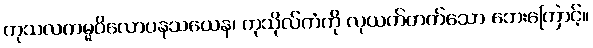
ကုသလကမ္မဝိလောပနသယေန၊ ကုသိုလ်ကံကို လုယက်တတ်သော ဘေးကြောင့်။